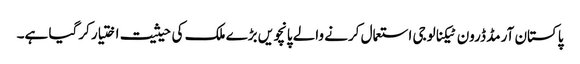
پاکستان آرمڈ ڈرون ٹیکنالوجی استعمال کرنے والے پانچویں بڑے ملک کی حیثیت اختیار کرگیا ہے۔